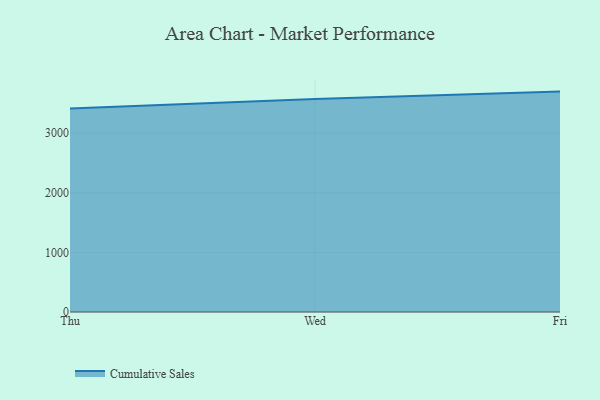
{"axis": {"x": "Day", "y": "Market Share (%)"}, "legend": ["Cumulative Sales"], "data": [{"x": "Thu", "y": 3415.4, "type": "Cumulative Sales"}, {"x": "Wed", "y": 3573.3, "type": "Cumulative Sales"}, {"x": "Fri", "y": 3698.4, "type": "Cumulative Sales"}]}